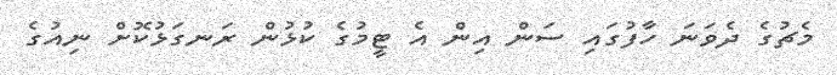
މެޗުގެ ދެވަނަ ހާފުގައި ސަން އިން އެ ޓީމުގެ ކުޅުން ރަނގަޅުކޮށް ނިއުގެ